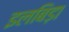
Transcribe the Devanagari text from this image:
इलबिड़ा